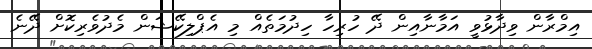
އިމްރާން ވިދާޅުވީ އަމާނާއިން ދޭ ހުރިހާ ހިދުމަތެއް މި އެޕްލިކޭޝަން މެދުވެރިކޮށް ދޭނެ